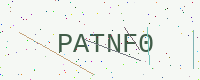
Text: PATNF0